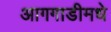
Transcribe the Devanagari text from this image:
आगगाडीमधे